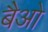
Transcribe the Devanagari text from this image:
बैओ